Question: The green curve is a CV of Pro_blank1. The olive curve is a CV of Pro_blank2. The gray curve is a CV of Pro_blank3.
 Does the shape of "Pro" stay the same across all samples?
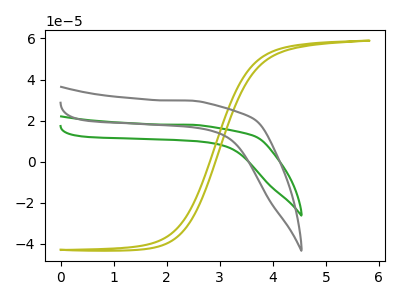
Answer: <think>The green curve "Pro_blank1" has no peaks. The olive curve "Pro_blank2" has no peaks. The gray curve "Pro_blank3" has no peaks.
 Neither "Pro_blank1" or "Pro_blank2" have any peaks. Neither "Pro_blank1" or "Pro_blank3" have any peaks. Neither "Pro_blank2" or "Pro_blank3" have any peaks.</think>
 <answer>All the CV's of "Pro" have similar shape.</answer>
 <eval>follow_rule</eval>